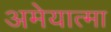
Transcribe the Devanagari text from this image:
अमेयात्मा